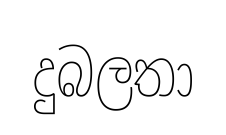
දුබලතා